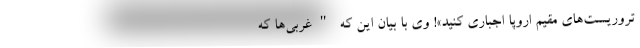
تروریست‌های مقیم اروپا اجباری کنید»! وی با بیان این که "غربی‌ها که